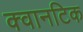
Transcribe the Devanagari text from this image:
क्वानटिक